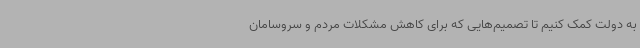
به دولت کمک کنیم تا تصمیم‌هایی که برای کاهش مشکلات مردم و سروسامان